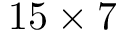
1 5 \times 7